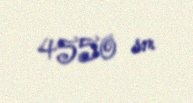
4550 sm